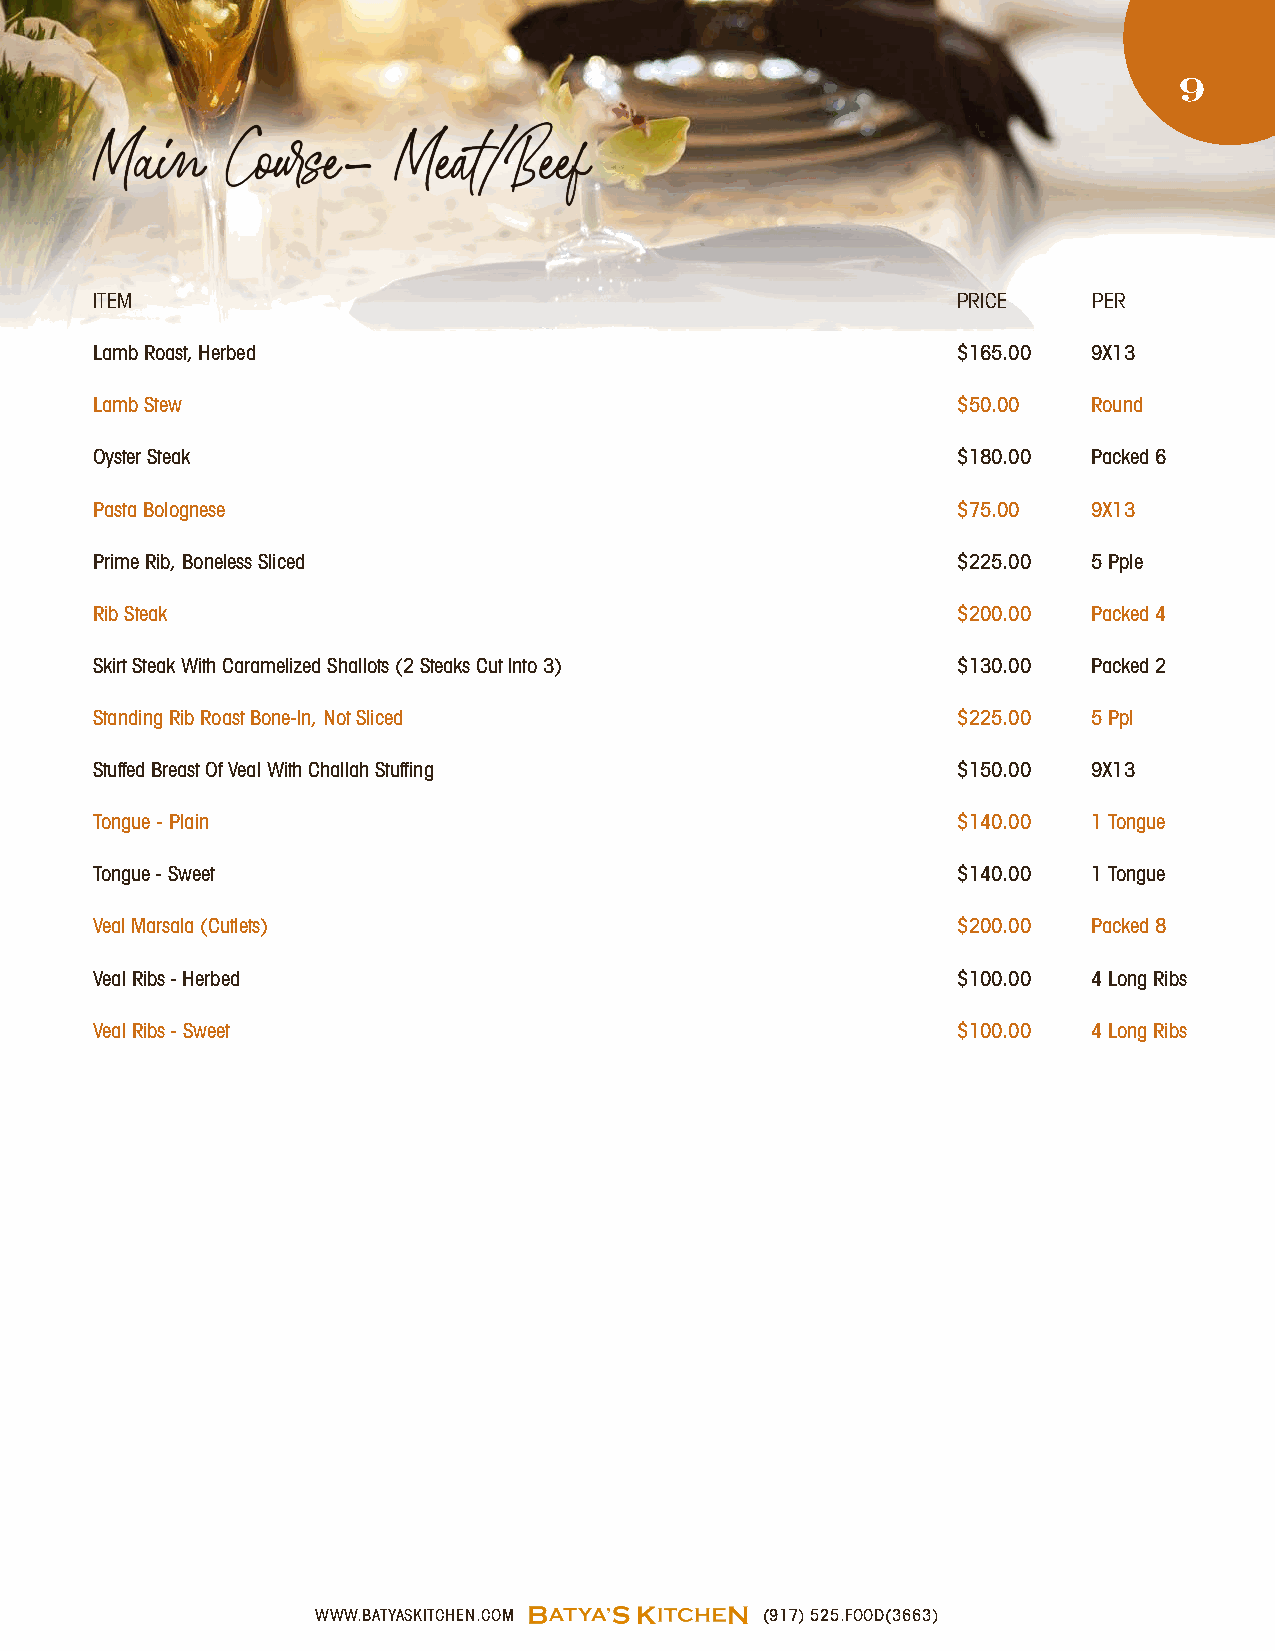
9
 Main     Course-    Meat/Beef
 ITEM                                                     PRICE    PER
 Lamb Roast, Herbed                                       $165.00  9X13
 Lamb Stew                                                $50.00   Round
 Oyster Steak                                             $180.00  Packed 6
 Pasta Bolognese                                          $75.00   9X13
 Prime Rib, Boneless Sliced                               $225.00  5 Pple
 Rib Steak                                                $200.00  Packed 4
 Skirt Steak With Caramelized Shallots (2 Steaks Cut Into 3) $130.00 Packed 2
 Standing Rib Roast Bone-In, Not Sliced                   $225.00  5 Ppl
 Stuffed Breast Of Veal With Challah Stuffing             $150.00  9X13
 Tongue - Plain                                           $140.00  1 Tongue
 Tongue - Sweet                                           $140.00  1 Tongue
 Veal Marsala (Cutlets)                                   $200.00  Packed 8
 Veal Ribs - Herbed                                       $100.00  4 Long Ribs
 Veal Ribs - Sweet                                        $100.00  4 Long Ribs
 WWW.BATYASKITCHEN.COM         (917) 525.FOOD(3663)